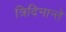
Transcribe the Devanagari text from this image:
त्रिदिनान्ते